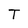
Character: T